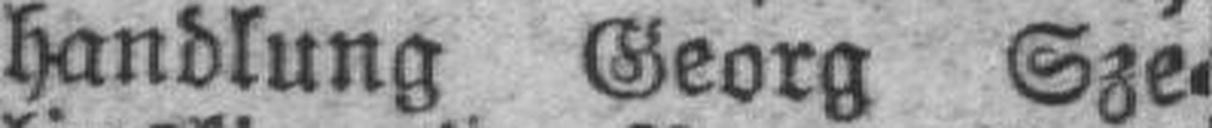
handlung Georg Sze¬